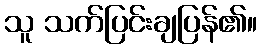
သူ သက်ပြင်းချပြန်၏။